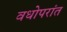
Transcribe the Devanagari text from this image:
वधोपरांत